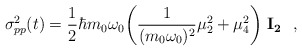
\begin{align*}\sigma^2_{pp}(t) = {1\over 2} \hbar m_0\omega_0\biggl( {1\over (m_0 \omega_0)^2 }\mu^2_2 +\mu^2_4\biggr) \ {\bf I_2} \ \ ,\end{align*}